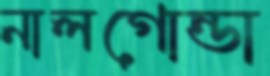
নালগোন্ডা